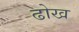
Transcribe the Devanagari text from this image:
ढोख